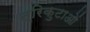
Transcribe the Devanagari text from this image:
त्रिकुटाओं